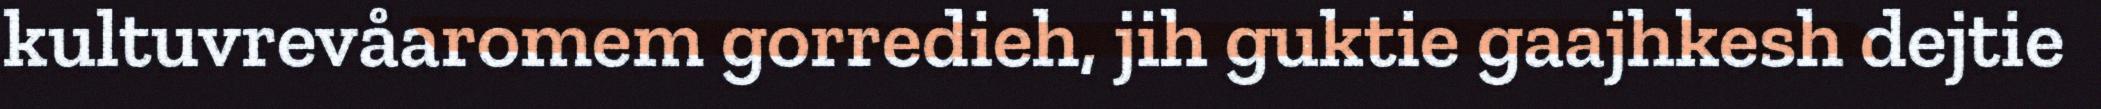
kultuvrevåaromem gorredieh, jih guktie gaajhkesh dejtie